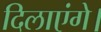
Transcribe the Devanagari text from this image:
दिलाएंगे।